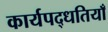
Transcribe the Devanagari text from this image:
कार्यपद्धतियाँ